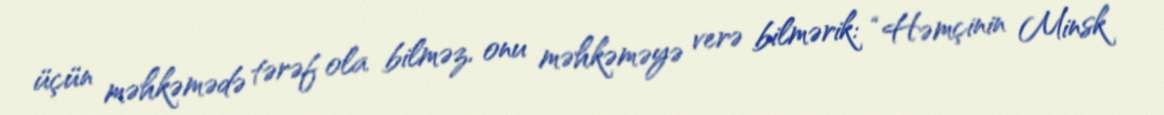
üçün məhkəmədə tərəf ola bilməz, onu məhkəməyə verə bilmərik: “Həmçinin Minsk